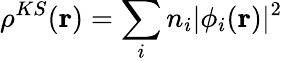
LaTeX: \rho^{KS}(\mathbf{r})=\sum_{i}n_{i}|\phi_{i}(\mathbf{r})|^{2}